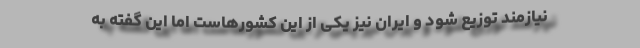
نیازمند توزیع شود و ایران نیز یکی از این کشورهاست اما این گفته به